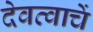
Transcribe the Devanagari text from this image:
देवत्वाचें